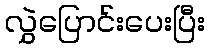
လွှဲပြောင်းပေးပြီး